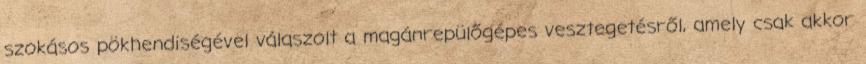
szokásos pökhendiségével válaszolt a magánrepülőgépes vesztegetésről, amely csak akkor